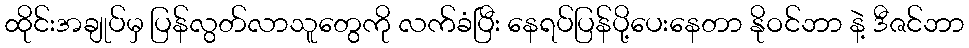
ထိုင်းအချုပ်မှ ပြန်လွတ်လာသူတွေကို လက်ခံပြီး နေရပ်ပြန်ပို့ပေးနေတာ နိုဝင်ဘာ နဲ့ ဒီဇင်ဘာ